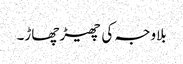
بلاوجہ کی چھیڑ چھاڑ۔